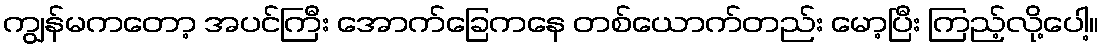
ကျွန်မကတော့ အပင်ကြီး အောက်ခြေကနေ တစ်ယောက်တည်း မော့ပြီး ကြည့်လို့ပေါ့။